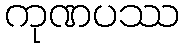
ကုဏပဿ